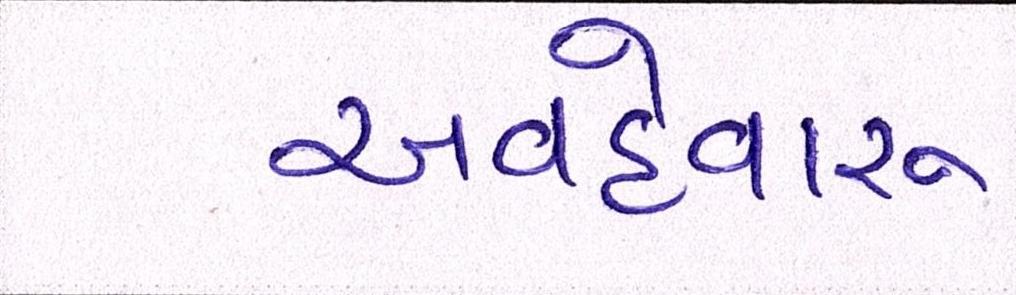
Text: અવહેવારુ